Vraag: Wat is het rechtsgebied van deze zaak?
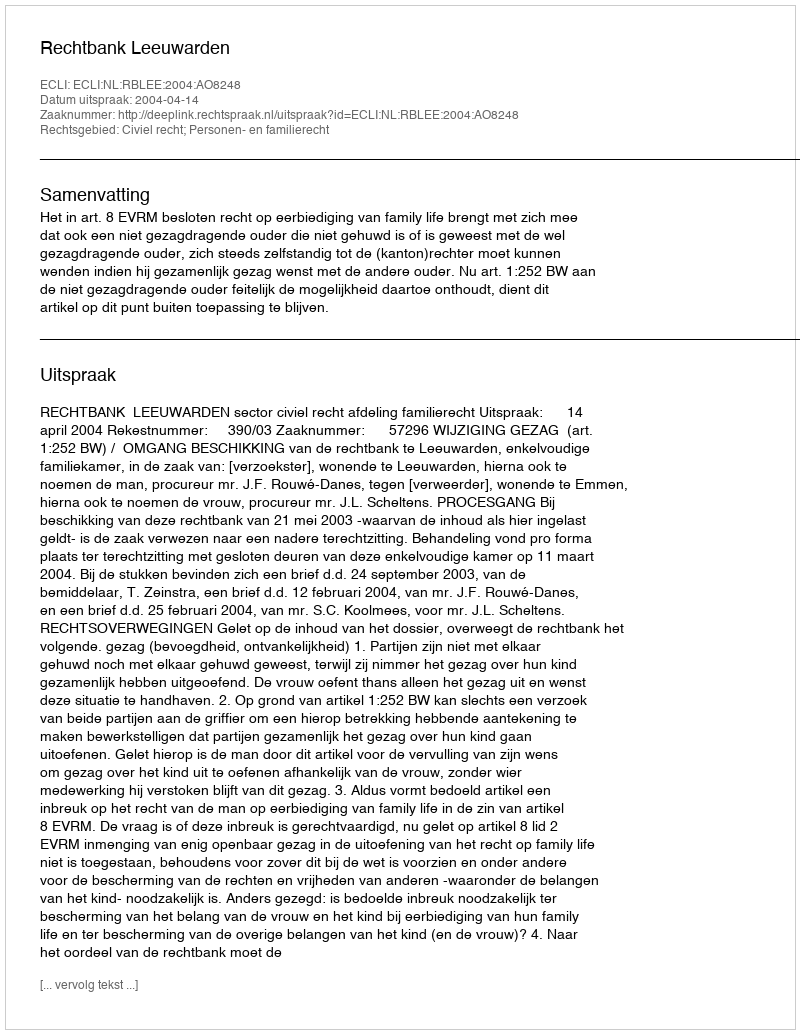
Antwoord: Civiel recht; Personen- en familierecht